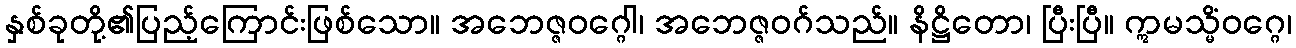
နှစ်ခုတို့၏ပြည့်ကြောင်းဖြစ်သော။ အဘေဇ္ဇဝဂ္ဂေါ၊ အဘေဇ္ဇဝဂ်သည်။ နိဋ္ဌိတော၊ ပြီးပြီ။ ဣမသ္မိံဝဂ္ဂေ၊